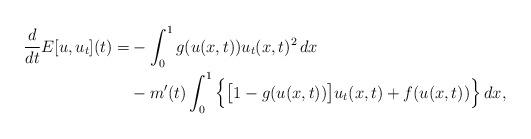
LaTeX: \begin{align*}\begin{aligned}\frac{d}{dt} E[u,u_t](t)=&-\int_0^1 g(u(x,t))u_t(x,t)^2\,dx\\&-m'(t)\int_0^1\Big\{\big[1-g(u(x,t))\big]u_t(x,t)+f(u(x,t))\Big\}\,dx,\end{aligned}\end{align*}